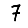
Digit: 7